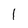
Character: 1